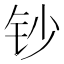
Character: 钞